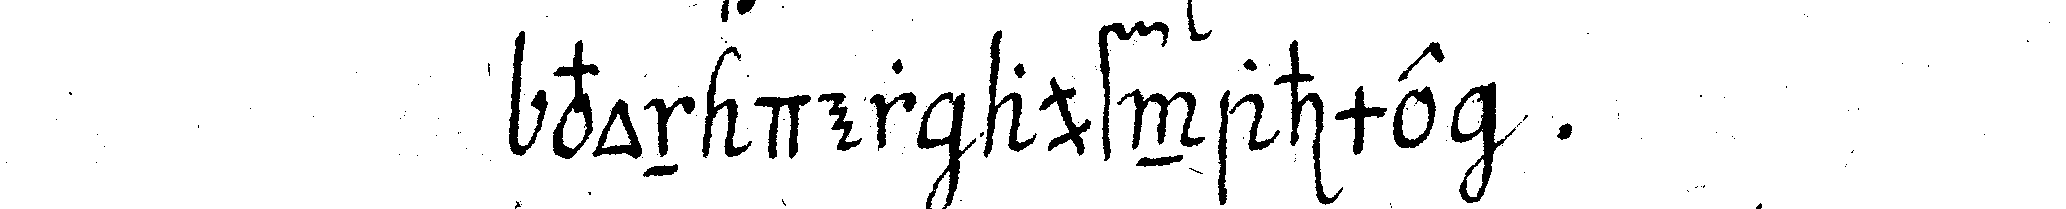
von der aufnahme .